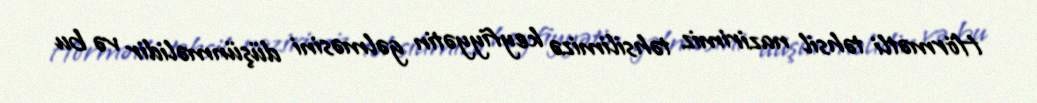
Hörmətli təhsil nazirimiz təhsilimizə keyfiyyətin gəlməsini düşünməlidir və bu